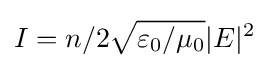
I=n/2{\sqrt {\varepsilon _{0}/\mu _{0}}}|E|^{2}